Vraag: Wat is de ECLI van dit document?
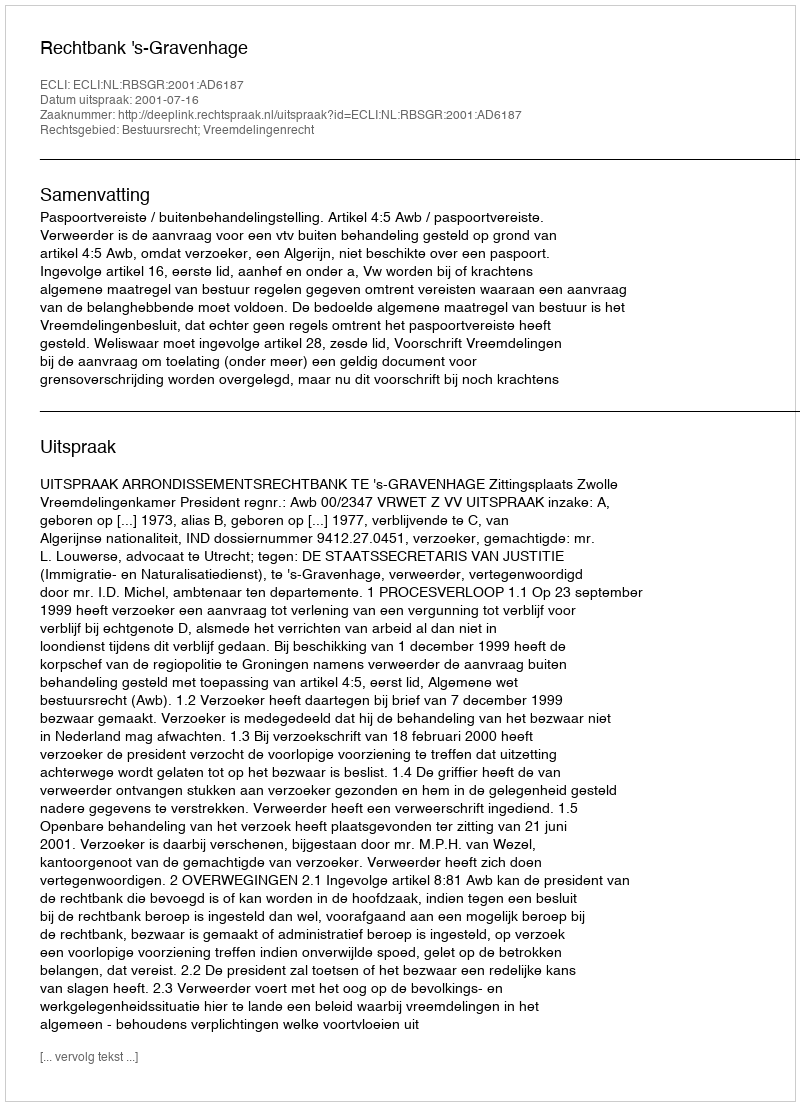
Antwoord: ECLI:NL:RBSGR:2001:AD6187